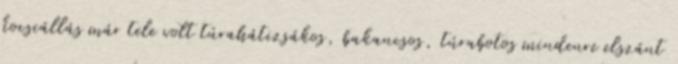
kocsiállás már tele volt túrahátizsákos, bakancsos, túrabotos mindenre elszánt